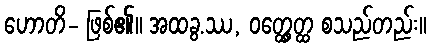
ဟောတိ- ဖြစ်၏။ အထခွ.ဿ, ဝတ္ထွေတ္ထ စသည်တည်း။